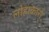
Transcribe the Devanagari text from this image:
लोहाकारों